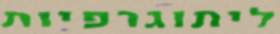
ליתוגרפיות